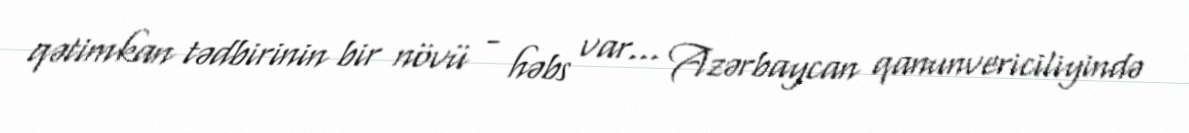
qətimkan tədbirinin bir növü - həbs var... Azərbaycan qanunvericiliyində